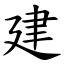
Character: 建